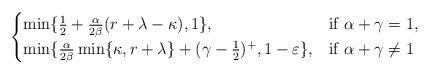
LaTeX: \begin{align*}\begin{cases}\min\{ \frac{1}{2} + \frac{\alpha}{2\beta}(r+\lambda-\kappa), 1 \}, & \mbox{if } \alpha + \gamma = 1, \\\min\{\frac{\alpha}{2\beta}\min\{\kappa,r+\lambda\} + (\gamma-\frac{1}{2})^{+}, 1-\varepsilon\}, & \mbox{if } \alpha + \gamma \neq 1\end{cases}\end{align*}